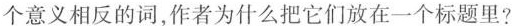
个意义相反的词，作者为什么把它们放在一个标题里？